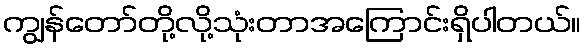
ကျွန်တော်တို့လို့သုံးတာအကြောင်းရှိပါတယ်။